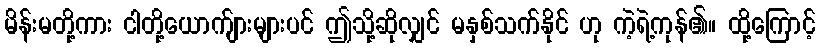
မိန်းမတို့ကား ငါတို့ယောက်ျားများပင် ဤသို့ဆိုလျှင် မနှစ်သက်နိုင် ဟု ကဲ့ရဲ့ကုန်၏။ ထို့ကြောင့်